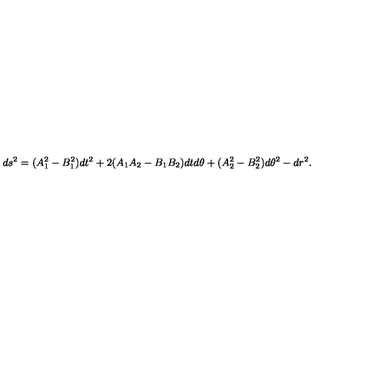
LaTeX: d s ^ { 2 } = ( A _ { 1 } ^ { 2 } - B _ { 1 } ^ { 2 } ) d t ^ { 2 } + 2 ( A _ { 1 } A _ { 2 } - B _ { 1 } B _ { 2 } ) d t d \theta + ( A _ { 2 } ^ { 2 } - B _ { 2 } ^ { 2 } ) d \theta ^ { 2 } - d r ^ { 2 } .